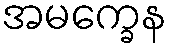
အမက္ခေန